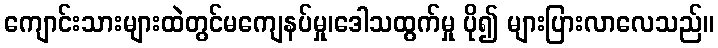
ကျောင်းသားများထဲတွင်မကျေနပ်မှု၊ဒေါသထွက်မှု ပို၍ များပြားလာလေသည်။